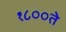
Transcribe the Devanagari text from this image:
१८००ते